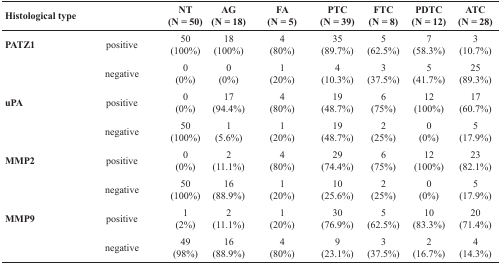
<table><thead><tr><td><b>Histological type</b></td><td></td><td><b>NT(N = 50)</b></td><td><b>AG(N = 18)</b></td><td><b>FA(N = 5)</b></td><td><b>PTC(N = 39)</b></td><td><b>FTC(N = 8)</b></td><td><b>PDTC(N = 12)</b></td><td><b>ATC(N = 28)</b></td></tr></thead><tbody><tr><td><b>PATZ1</b></td><td>positive</td><td>50 (100%)</td><td>18(100%)</td><td>4(80%)</td><td>35 (89.7%)</td><td>5 (62.5%)</td><td>7(58.3%)</td><td>3(10.7%)</td></tr><tr><td></td><td>negative</td><td>0(0%)</td><td>0(0%)</td><td>1(20%)</td><td>4(10.3%)</td><td>3 (37.5%)</td><td>5(41.7%)</td><td>25 (89.3%)</td></tr><tr><td><b>uPA</b></td><td>positive</td><td>0(0%)</td><td>17 (94.4%)</td><td>4(80%)</td><td>19 (48.7%)</td><td>6(75%)</td><td>12 (100%)</td><td>17 (60.7%)</td></tr><tr><td></td><td>negative</td><td>50 (100%)</td><td>1(5.6%)</td><td>1(20%)</td><td>19 (48.7%)</td><td>2(25%)</td><td>0(0%)</td><td>5(17.9%)</td></tr><tr><td><b>MMP2</b></td><td>positive</td><td>0(0%)</td><td>2(11.1%)</td><td>4(80%)</td><td>29 (74.4%)</td><td>6(75%)</td><td>12 (100%)</td><td>23 (82.1%)</td></tr><tr><td></td><td>negative</td><td>50 (100%)</td><td>16 (88.9%)</td><td>1(20%)</td><td>10 (25.6%)</td><td>2(25%)</td><td>0(0%)</td><td>5(17.9%)</td></tr><tr><td><b>MMP9</b></td><td>positive</td><td>1(2%)</td><td>2(11.1%)</td><td>1(20%)</td><td>30 (76.9%)</td><td>5 (62.5%)</td><td>10 (83.3%)</td><td>20 (71.4%)</td></tr><tr><td></td><td>negative</td><td>49(98%)</td><td>16 (88.9%)</td><td>4(80%)</td><td>9(23.1%)</td><td>3 (37.5%)</td><td>2(16.7%)</td><td>4(14.3%)</td></tr></tbody></table>